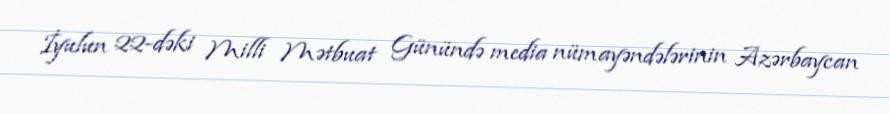
İyulun 22-dəki Milli Mətbuat Günündə media nümayəndələrinin Azərbaycan